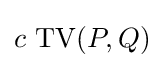
c\,\operatorname {TV} (P,Q)